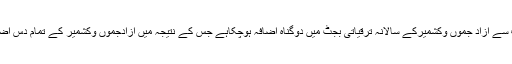
انھوں نے کہاکہ گذشتہ سال سے حکومت پاکستان کی طرف سے آزاد جموں وکشمیرکے سالانہ ترقیاتی بجٹ میں دوگناہ اضافہ ہوچکاہے جس کے نتیجہ میں آزادجموں وکشمیر کے تمام دس اضلاع میں بلاتفریق تعمیروترقی کاعمل تیزی سے جاری ہے۔